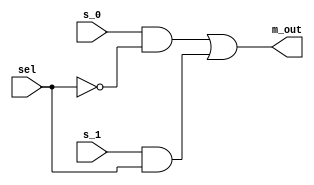
// Copyright (C) 2020  Intel Corporation. All rights reserved.
// Your use of Intel Corporation's design tools, logic functions 
// and other software and tools, and any partner logic 
// functions, and any output files from any of the foregoing 
// (including device programming or simulation files), and any 
// associated documentation or information are expressly subject 
// to the terms and conditions of the Intel Program License 
// Subscription Agreement, the Intel Quartus Prime License Agreement,
// the Intel FPGA IP License Agreement, or other applicable license
// agreement, including, without limitation, that your use is for
// the sole purpose of programming logic devices manufactured by
// Intel and sold by Intel or its authorized distributors.  Please
// refer to the applicable agreement for further details, at
// https://fpgasoftware.intel.com/eula.

// PROGRAM		"Quartus Prime"
// VERSION		"Version 20.1.1 Build 720 11/11/2020 SJ Lite Edition"
// CREATED		"Tue Nov 09 20:41:49 2021"

module mx_2x1(
	s_1,
	s_0,
	sel,
	m_out
);


input wire	s_1;
input wire	s_0;
input wire	sel;
output wire	m_out;

wire	SYNTHESIZED_WIRE_0;
wire	SYNTHESIZED_WIRE_1;
wire	SYNTHESIZED_WIRE_2;




assign	SYNTHESIZED_WIRE_2 = s_1 & sel;

assign	SYNTHESIZED_WIRE_1 = s_0 & SYNTHESIZED_WIRE_0;

assign	m_out = SYNTHESIZED_WIRE_1 | SYNTHESIZED_WIRE_2;

assign	SYNTHESIZED_WIRE_0 =  ~sel;


endmodule